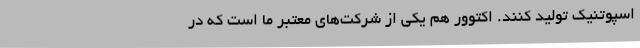
اسپوتنیک تولید کنند. اکتوور هم یکی از شرکت‌های معتبر ما است که در